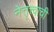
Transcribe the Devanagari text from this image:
नेत्तृत्त्वाची